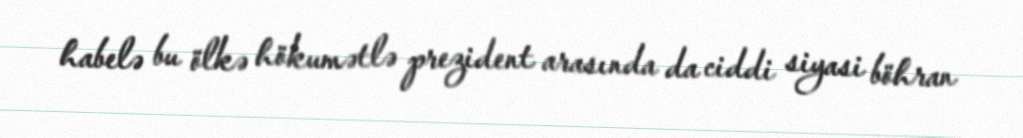
habelə bu ölkə hökumətlə prezident arasında da ciddi siyasi böhran